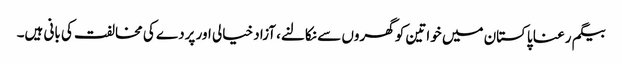
بیگم رعنا پاکستان میں خواتین کو گھروں سے نکالنے، آزاد خیالی اور پردے کی مخالفت کی بانی ہیں۔